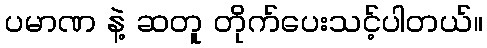
ပမာဏ နဲ့ ဆတူ တိုက်ပေးသင့်ပါတယ်။